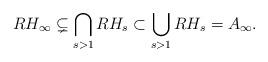
LaTeX: \begin{align*}RH_\infty \subsetneq \bigcap_{s>1} RH_s \subset \bigcup_{s>1} RH_s = A_\infty.\end{align*}